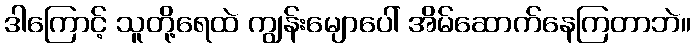
ဒါကြောင့် သူတို့ရေထဲ ကျွန်းမျောပေါ် အိမ်ဆောက်နေကြတာဘဲ။